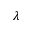
\lambda